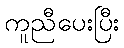
ကူညီပေးပြီး